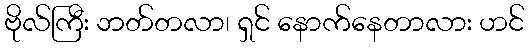
ဗိုလ်ကြီး ဘတ်တလာ၊ ရှင် နောက်နေတာလား ဟင်